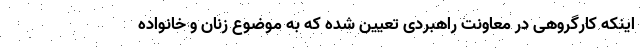
اینکه کارگروهی در معاونت راهبردی تعیین شده که به موضوع زنان و خانواده